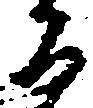
る